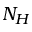
N _ { H }